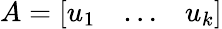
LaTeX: A={\left[\begin{array}{lll}{u_{1}}&{\ldots}&{u_{k}}\end{array}\right]}